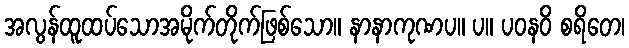
အလွန်ထူထပ်သောအမိုက်တိုက်ဖြစ်သော။ နာနာကုဏပ။ ပ။ ပဝနဝိ စရိတေ၊